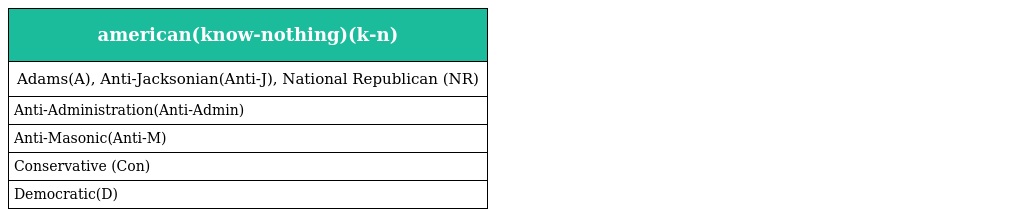
| american(know-nothing)(k-n) |
 | --- |
 | Adams(A), Anti-Jacksonian(Anti-J), National Republican (NR) |
 | Anti-Administration(Anti-Admin) |
 | Anti-Masonic(Anti-M) |
 | Conservative (Con) |
 | Democratic(D) |